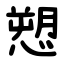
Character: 愬